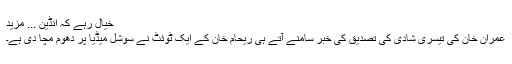
خیال رہے کہ انڈین ... مزید
عمران خان کی تیسری شادی کی تصدیق کی خبر سامنے آتے ہی ریحام خان کے ایک ٹوئٹ نے سوشل میڈیا پر دھوم مچا دی ہے۔